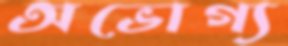
অভোগ্য